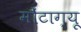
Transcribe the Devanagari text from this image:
मौंटाग्यू